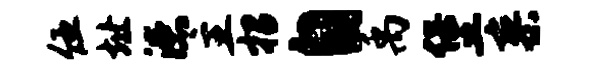
伍址漶主招自禹堡寥